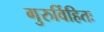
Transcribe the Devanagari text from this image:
गुरुर्विहितः